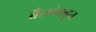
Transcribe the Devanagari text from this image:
बैलांकडून